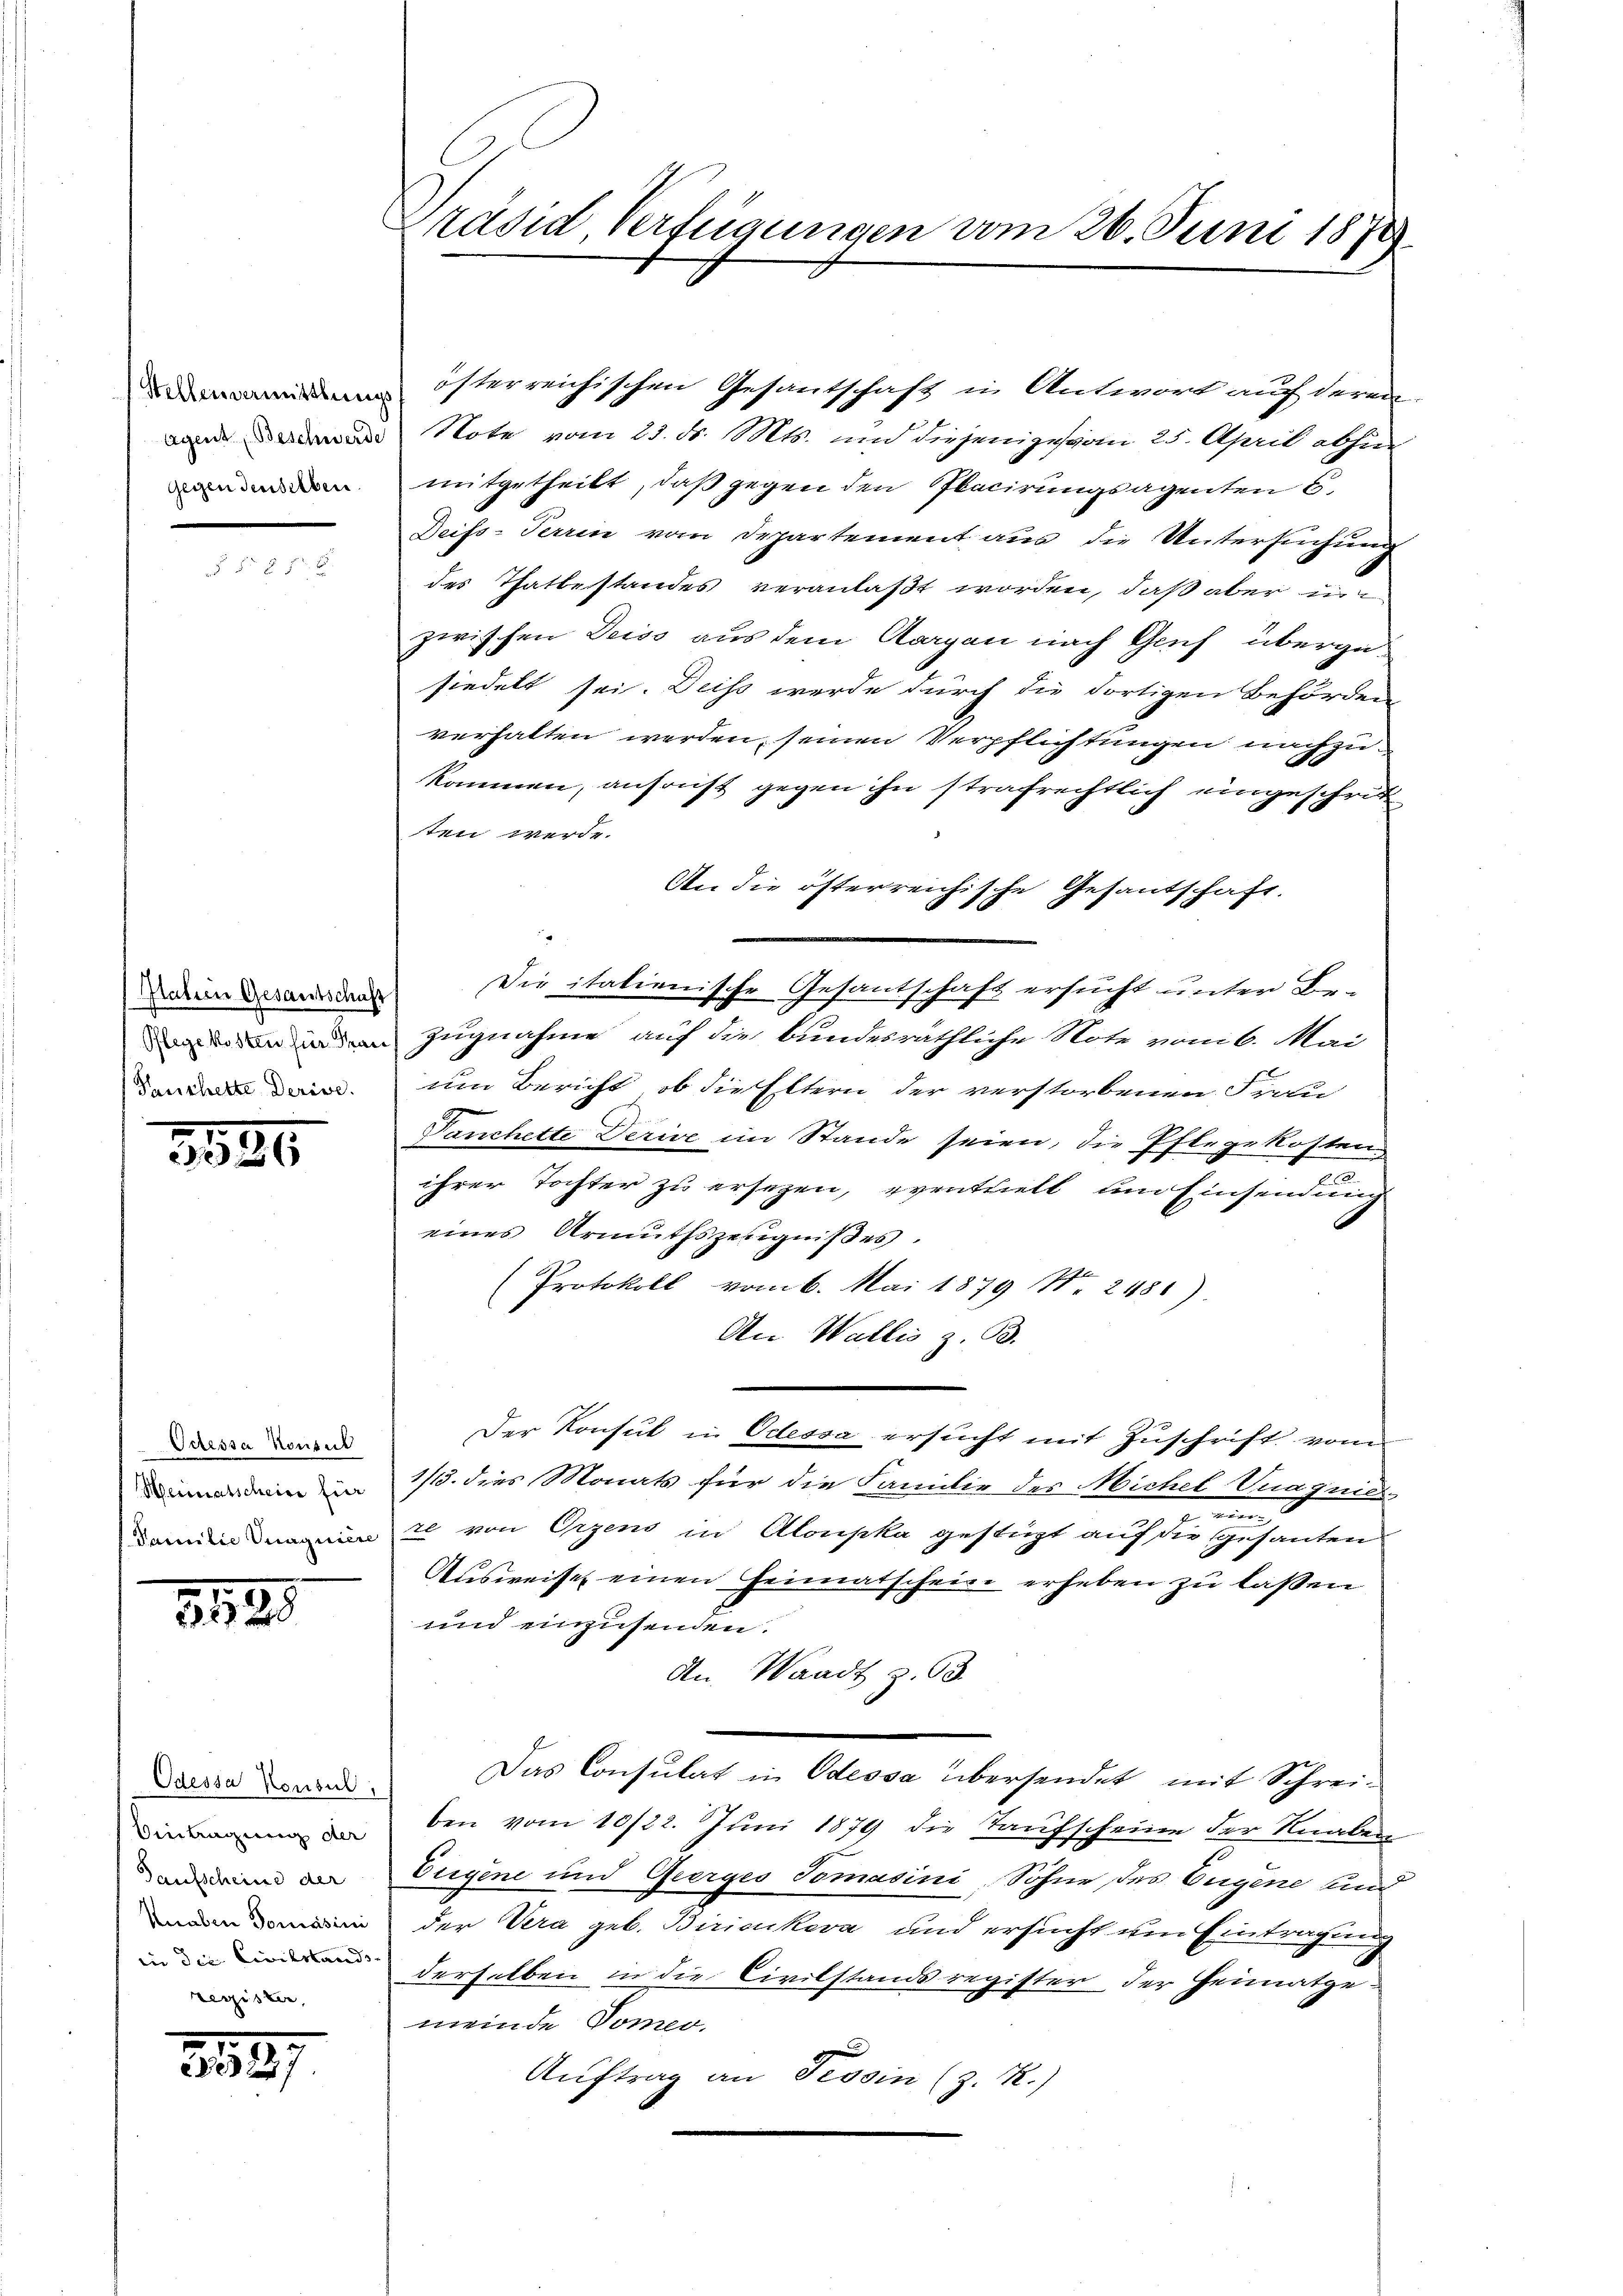
Gegen denselben.

Keuchette Derive.

3880

Ocessa konsul
Heimatschein für
Familie Magniles

1885

Odessa Konsul
Eintragung der
Taufscheine der
Knaben Tomasini
in die Civilstand
registen,

1897

Präsid Verfügungen vom 26. Juni 1873

Note vom 23. d. Mts. und diejeniges vom 25. April abhin
mitgetheilt, daß gegen den Placirungsagenten E
Deiss-Terrin vom Departement aus die Untersuchung
des Thatbestandes veranlaßt worden, daß aber in
zwischen Deiss aus dem Aargau nach Genf übergan
siedelt sei. Deiss werde durch die dortigen Behörden
verhalten werden seinen Verpflichtungen nachzukommen, ansonst gegen ihn strafrechtlich eingeschritten werde.
An die öfterreichische Gesantschaft.
din Besonden Die italienische Gesandschaft ersucht unter Be-
n inden Zugnahme auf die bundesräthliche Note von 6. Mai
um Bericht, ob die Eltern der verstorbenen Frau
Tanchette Derive im Stande seien, die Pflegekosten,
ihrer Tochter zu ersezen, eventhielt und Einsendung
eines Armuthszeugnißes.
Protokoll vom 6. Mai 1879 Nr. 2481).
An Wallis z. B.
Der Konsul in Odessa ersucht mit Zuschrift vom
1/5. dies Monats für die Familie des Michel Vnagnies
m
2 von Orzens in Alonpka gestüzt auf die gesanten.
Ausweise einen Heimatschein erheben zu laßen
und einzusenden.
An Waadt z. 93.
Das Consulat in Odessa übersendet mit Schreiben vom 10/22. Juni 1879 die Taufscheine der Knaben
Eugene und Geerges Tomasini Söhne des Eigene und
der Vera geb. Biricukova und ersucht um Eintragung
8
derselben in die Civilstandsregister der Heimatgemeinde Domeo.
Auftrag an Tessin (z. R.)

österreichischen Gesantschaft in Antwort auch deren